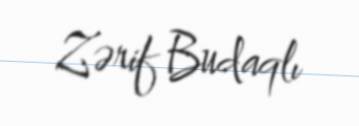
Zərif Budaqlı